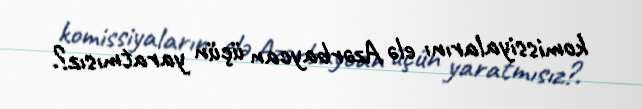
komissiyalarını elə Azərbaycan üçün yaratmısız?.